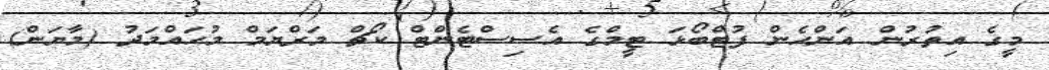
މީގެ އިތުރުން އަންހެން ފުޓްބޯޅަ ޓީމްގެ އެސިސްޓެންޓް ކޯޗް މަރްޔަމް މުޙައްމަދު (މާޔަން)